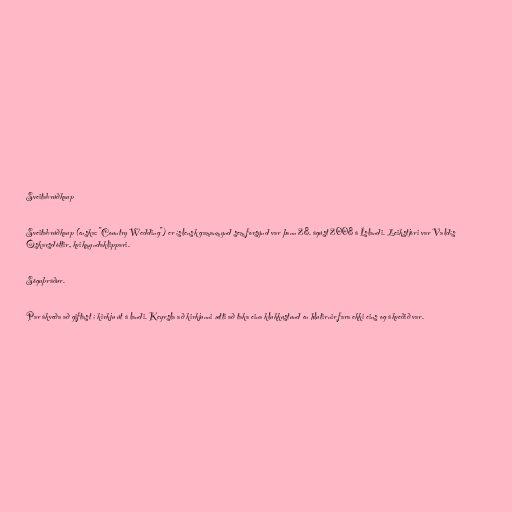
Sveitabrúðkaup

Sveitabrúðkaup (enska: "Country Wedding") er íslensk gamanmynd sem forsýnd var þann 28. ágúst 2008 á Íslandi. Leikstjóri var Valdís
Óskarsdóttir, kvikmyndaklippari.

Söguþráður.

Par ákveða að giftast í kirkju út á landi. Keyrsla að kirkjunni ætti að taka eina klukkustund en hlutirnir fara ekki eins og ákveðið var.